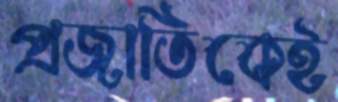
প্রজাতিকেই